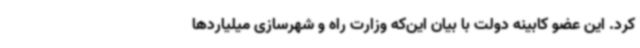
کرد. این عضو کابینه دولت با بیان این‌که وزارت راه و شهرسازی میلیاردها